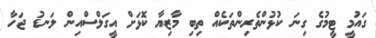
ގައުމީ ޓީމުގެ ގިނަ ކުޅުންތެރިންތަކެއް ތިބި މާޒިޔާ ކޮޅަށް އީގަލްސްއިން ލަނޑު ޖަހާ